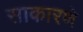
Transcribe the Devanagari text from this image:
साकारणे